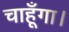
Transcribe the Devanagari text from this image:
चाहूँगा।